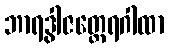
ဘာရဒွါဇတ္ထေရဂါထာ